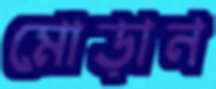
মোড়ান